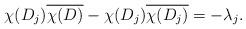
LaTeX: \begin{align*}\chi(D_j)\overline{\chi(D)}-\chi(D_j)\overline{\chi(D_j)}=-\lambda_j.\end{align*}